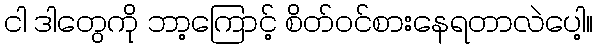
ငါ ဒါတွေကို ဘာ့ကြောင့် စိတ်ဝင်စားနေရတာလဲပေါ့။